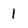
Character: 1